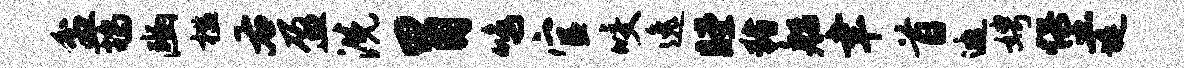
盆鸪豳槛右盈洗胃鸣官咬逸瞠猪船聿首邀娉堡堤